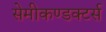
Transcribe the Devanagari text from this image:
सेमीकण्डक्टर्स